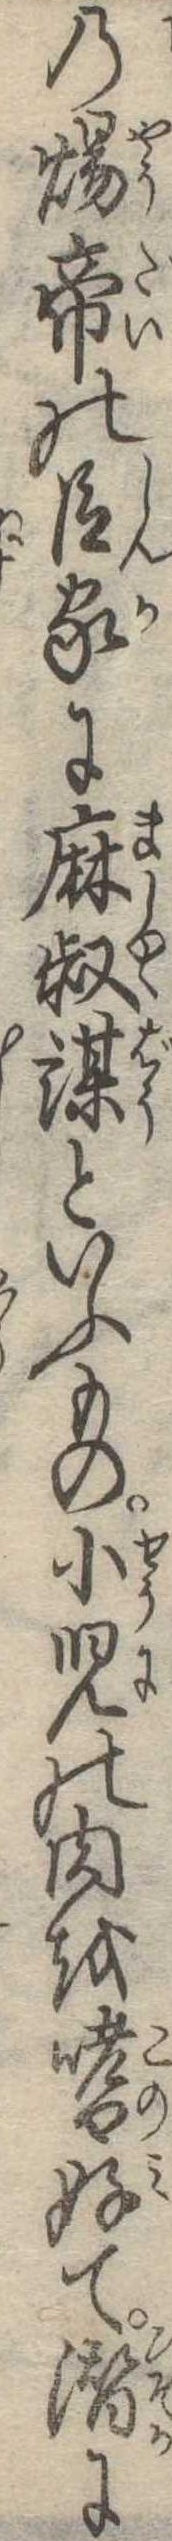
の煬帝の臣家に麻叔謀といふもの小児の肉を嗜好て潜に